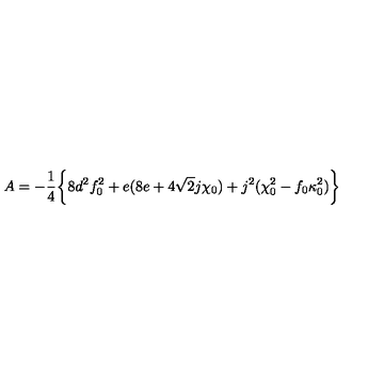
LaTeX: A = - { \frac { 1 } { 4 } } \biggl \{ 8 d ^ { 2 } f _ { 0 } ^ { 2 } + e ( 8 e + 4 \sqrt 2 j \chi _ { 0 } ) + j ^ { 2 } ( \chi _ { 0 } ^ { 2 } - f _ { 0 } \kappa _ { 0 } ^ { 2 } ) \biggr \}